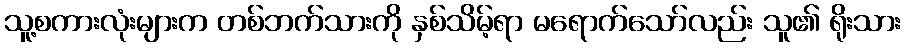
သူ့စကားလုံးများက တစ်ဘက်သားကို နှစ်သိမ့်ရာ မရောက်သော်လည်း သူ၏ ရိုးသား